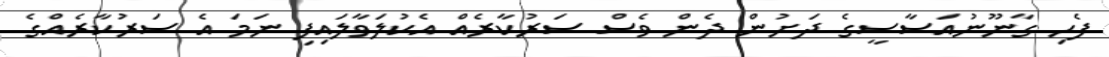
ފެހި ގާނޫނުއަސާސީގެ ދަށުން ދެން ވެސް ސަރުކާރެއް އެކުލަވާލައިފި ނަމަ އެ ސަރުކާރެއްގެ